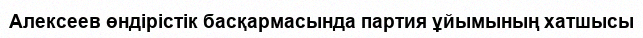
Алексеев өндірістік басқармасында партия ұйымының хатшысы